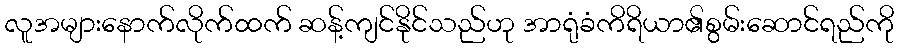
လူအများနောက်လိုက်ထက် ဆန့်ကျင်နိုင်သည်ဟု အာရုံခံကိရိယာ၏စွမ်းဆောင်ရည်ကို